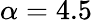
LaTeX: \alpha=4.5